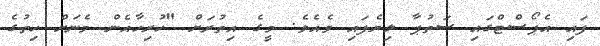
ފައި އެޕޯސްޓްގައި ސަތުޕާ ލިޔެފައި ވެއެވެ. މީގެ އިތުރަށް "ހުރިހާއެން މެނަށް ހިތުގެ